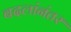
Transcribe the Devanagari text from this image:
बदलांनंतर